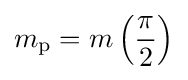
m_{\mathrm {p} }=m\left({\frac {\pi }{2}}\right)